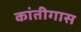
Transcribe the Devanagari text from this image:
कांतीगास